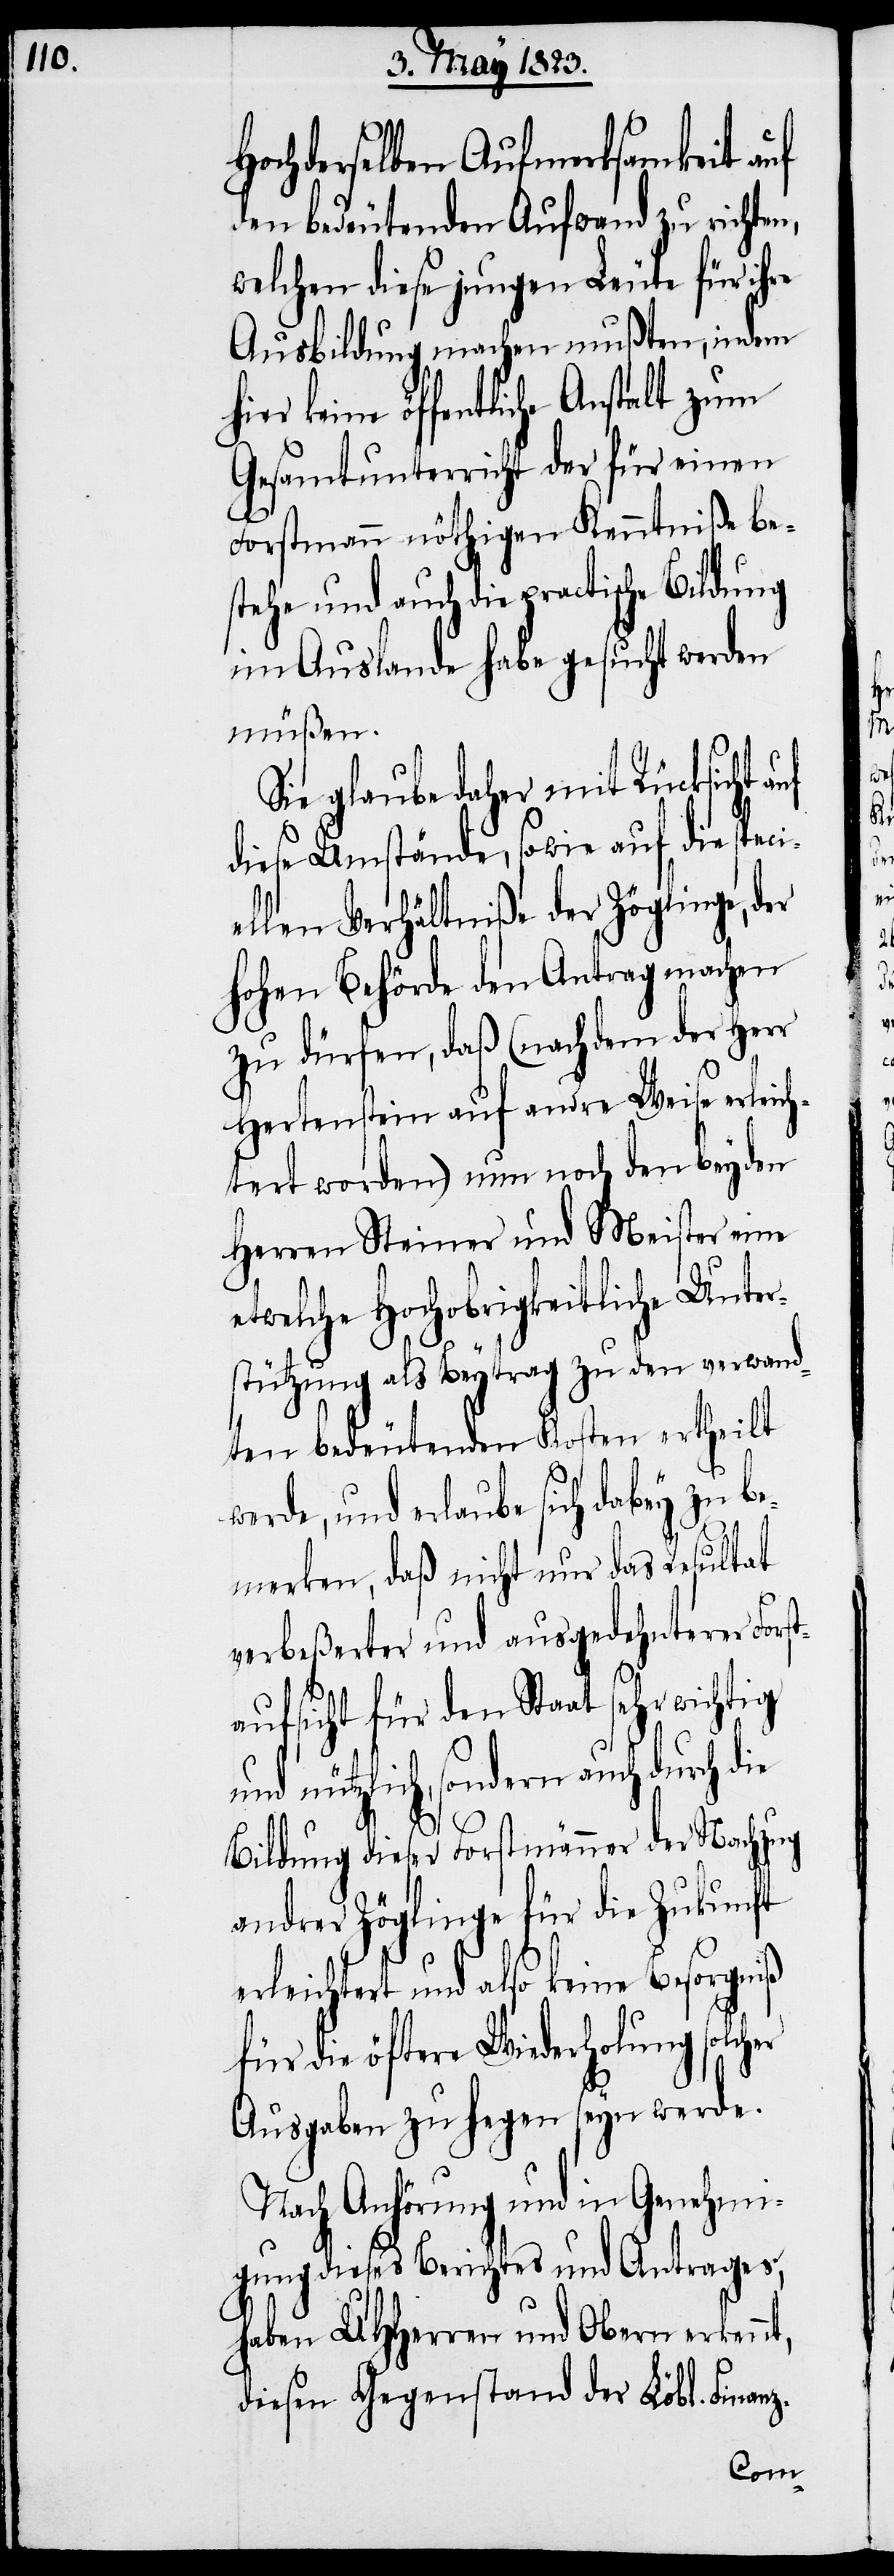
Hochderselben Aufmerksamkeit auf
den bedeutenden Aufwand zu richten,
welchen diese jungen Leute für ihre
Ausbildung machen mußten, indem
keine öffentliche Anstalt zum
Gesamtunterricht der für einen
Forstmann nöthigen Kenntniße be¬
stehe und auch die practische Bildung
im Auslande habe gesucht werden
müßen.
Sie glaube daher mit Rücksicht
diese Umstände, sowie auf die speci¬
ellen Verhältniße der Zöglinge, der
hohen Behörde den Antrag machen
zu dürfen, daß (nachdem der Herr
Hertenstein auf andre Weise erleich¬
tert worden) nun noch den beyden
Herren Steiner und Meister eine
etwelche Hochobrigkeitliche Unter¬
stützung als Beytrag zu den verwand¬
ten bedeutenden Kosten ertheilt
werde, und erlaube sich dabey zu b¬
emerken, daß nicht nur das Resultat
verbeßerter und ausgedehnterer Fors¬
taufsicht für den Staat sehr wichtig
nützlich, sondern auch durch
Bildung dieser Forstmänner der Nachzug
andrer Zöglinge für die Zukunft
erleichtert und also keine Besorgniß
für die öftere Wiederholung
Ausgaben zu hegen seyn werde.
Nach Anhörung und in Genehmi¬
gung dieses Berichtes und Antrages,
haben UHHerren und Obern erkennt,
diesen Gegenstand der Löbl. Finanz-